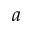
a